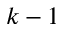
k - 1